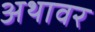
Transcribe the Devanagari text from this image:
अथावर